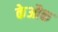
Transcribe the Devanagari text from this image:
केऔक